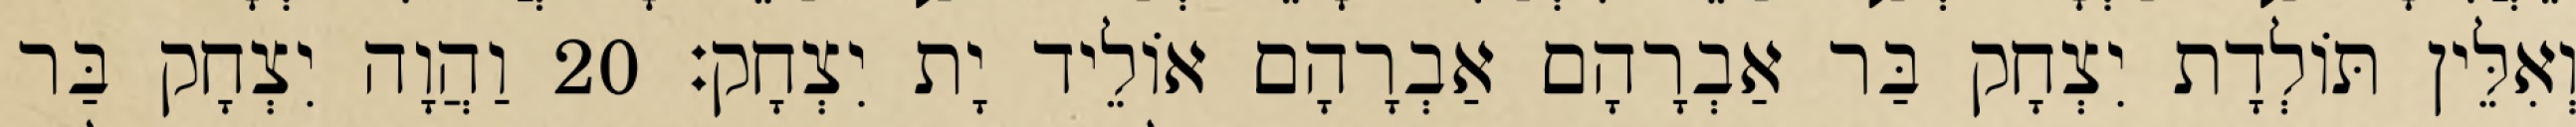
וְאִלֵּין תּוֹלְדָת יִצְחָק בַּר אַבְרָהָם אַבְרָהָם אוֹלֵיד יָת יִצְחָק׃ 20 וַהֲוָה יִצְחָק בַּר